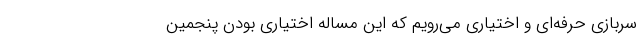
سربازی حرفه‌ای و اختیاری می‌رویم که این مساله اختیاری بودن پنجمین